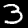
Digit: 3